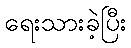
ရေးသားခဲ့ပြီး